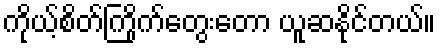
ကိုယ့်စိတ်ကြိုက်တွေးတော ယူဆနိုင်တယ်။